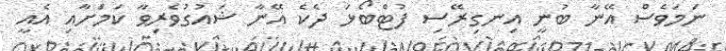
ނަމަވެސް އޭނާ ބުނީ އިނގިރޭސި ފުޓްބޯޅަ ދެކެ އޭނާ ޝައުގުވެރިވާ ކަމަށާއި އެއީ